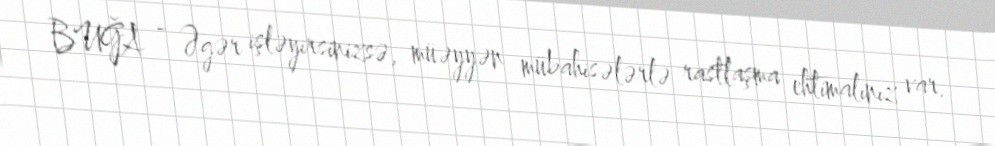
BUĞA - Əgər işləyirsinizsə, müəyyən mübahisələrlə rastlaşma ehtimalınız var.